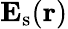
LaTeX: {\mathbf{E}}_{\mathrm{s}}(\mathbf{r})